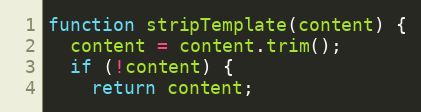
Language: JavaScript
function stripTemplate(content) {
  content = content.trim();
  if (!content) {
    return content;